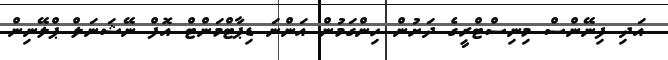
އަދި ފިނޭންސް މިނިސްޓްރީގެ ދަށުން ހިންގަމުން އަންނަ ޑިޕާޓްމަންޓް އޮފް ނޭޝަނަލް ޕްލޭނިން